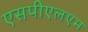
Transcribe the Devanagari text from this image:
एसपीएलएम